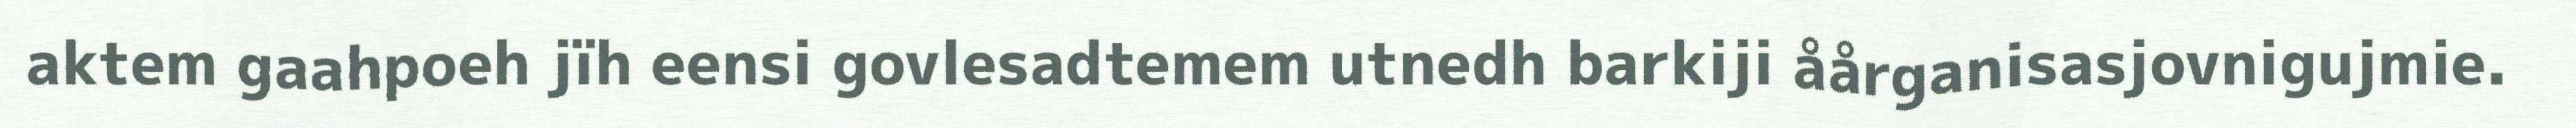
aktem gaahpoeh jïh eensi govlesadtemem utnedh barkiji åårganisasjovnigujmie.